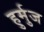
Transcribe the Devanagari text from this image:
हुर्मुज